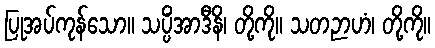
ပြုအပ်ကုန်သော။ သပ္ပိံအာဒီနိ၊ တို့ကို။ သတဉာဟံ၊ တို့ကို။